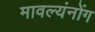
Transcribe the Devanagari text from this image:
मावल्यंनोंग